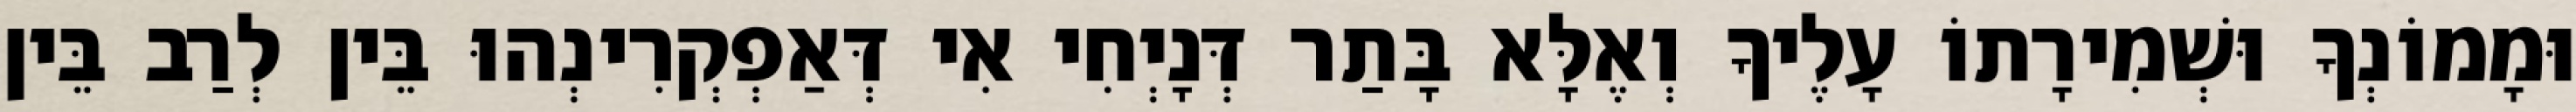
וּמָמוֹנְךָ וּשְׁמִירָתוֹ עָלֶיךָ וְאֶלָּא בָּתַר דְּנָיְחִי אִי דְּאַפְקְרִינְהוּ בֵּין לְרַב בֵּין